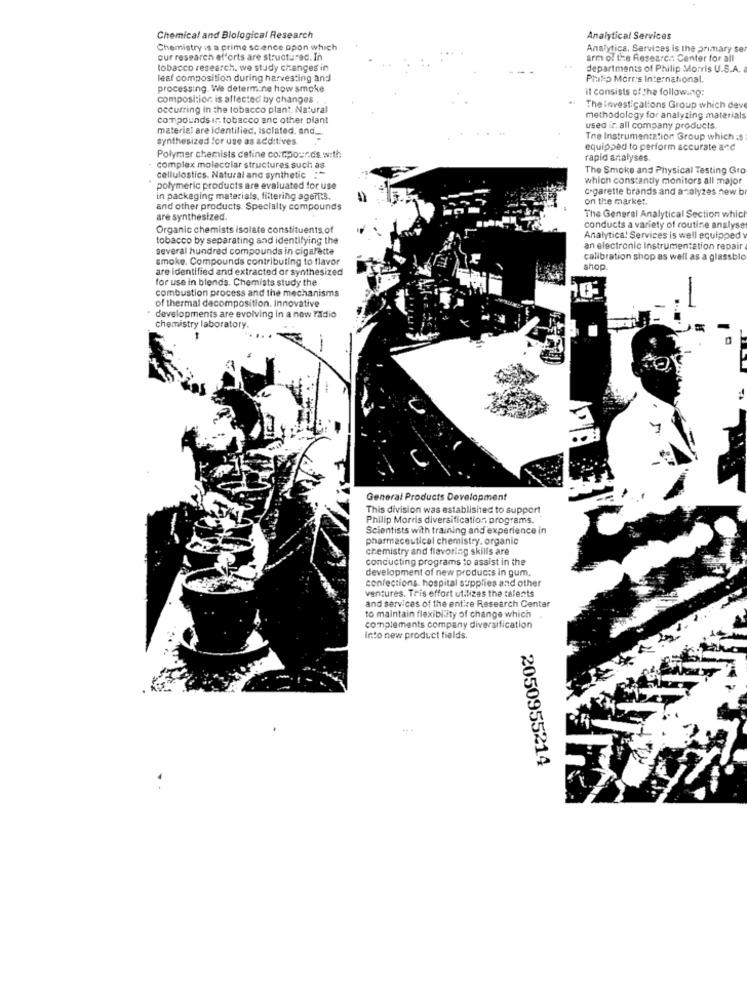
Chemical and Blological Research
Analytical Services
Chemistry is a prime science opon which
Analytica. Services is the primary ser
our research efforts are structurec. In
arm of the Research Center for all
tobacco research. we study changes in
departments of Philip Morris U.S.A.
lest composition during harvesting and
Philip Morris International.
processing. We determine how smoke
it consists of the following:
compositior is affected by changes ,
occurring in the tobacco plant. Natural
The lovesticalions Group which dev
compounds in tobacco anc other plant
methodology for analyzing materials
material are identified, Isolated, and_
used ir. all company products.
synthesized for use as additives.
Tne Instrumentation Group which :$
equipped to perform accurate and
Polymer chemists define co.tpour.ds. w:th
rapid analyses
complex molecular structures such as
The Smoke and Physical Testing Gro
cellulostics. Natural and synthetic
which constantly monitors all major
polymeric products are evaluated for use
cigarette brands and analyzes new br
in packaging materials, filtering agent3.
on the market.
and other products. Specialty compounds
The General Analytical Section which
are synthesized
Organic chemists isolate constituents of
conducts a variety of routine analyse
tobacco by separating and identifying the
Analytica! Services is well equipped v
several hundred compounds in cigarette
an electronic Instrumentation repair
smoke. Compounds contributing to flavor
calibration shop as well as a glassblo
are identified and extracted or synthesized
shop
for use in blends. Chemists study the
combustion process and the mechanisms
of thermal decomposition. Innovative
developments are evolving in a new radio
chemistry laboratory.
7
General Products Development
This division was established to support
Philip Morris diversification programs.
Scientists with training and experience in
pharmaceutical chemistry. organic
chemistry and flavoring skills are
conducting programs to assist in the
development of new products in gum.
confections. hospital supplies and other
ventures. Tris effort utilizes the talents
and services of the entire Research Center
to maintain flexibl ity of change which
complements company diversification
into new product fields.
2050955214